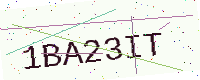
Text: 1BA23IT